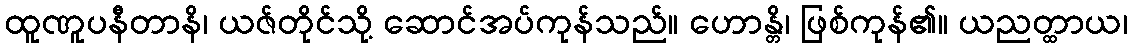
ထူဏူပနီတာနိ၊ ယဇ်တိုင်သို့ ဆောင်အပ်ကုန်သည်။ ဟောန္တိ၊ ဖြစ်ကုန်၏။ ယညတ္ထာယ၊